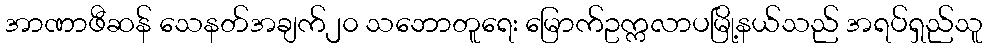
အာဏာဖီဆန် သေနတ်အချက်၂၀ သဘောတူရေး မြောက်ဥက္ကလာပမြို့နယ်သည် အရပ်ရှည်သူ